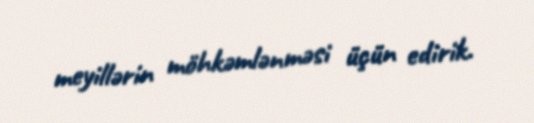
meyillərin möhkəmlənməsi üçün edirik.